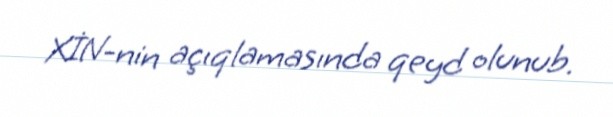
XİN-nin açıqlamasında qeyd olunub.